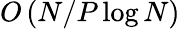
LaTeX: \textit{O}\left(N/P\log{N}\right)